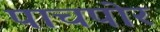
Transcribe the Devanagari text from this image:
पाचपोर